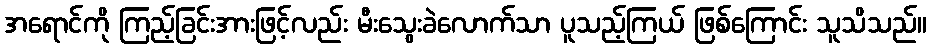
အရောင်ကို ကြည့်ခြင်းအားဖြင့်လည်း မီးသွေးခဲလောက်သာ ပူသည့်ကြယ် ဖြစ်ကြောင်း သူသိသည်။